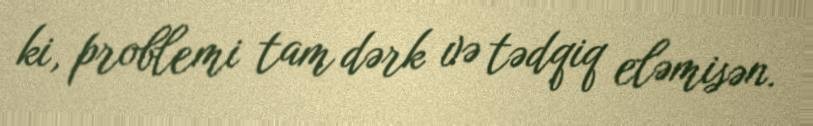
ki, problemi tam dərk və tədqiq eləmisən.